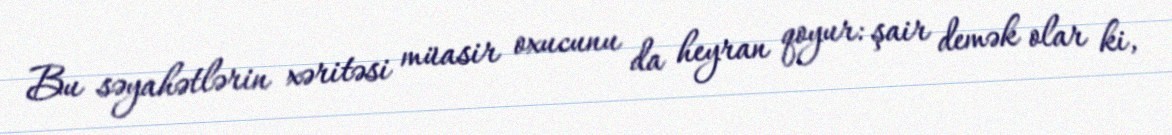
Bu səyahətlərin xəritəsi müasir oxucunu da heyran qoyur: şair demək olar ki,